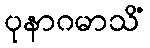
ပုနာဂမာသိံ